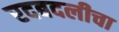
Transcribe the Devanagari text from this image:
रदबदलीचा